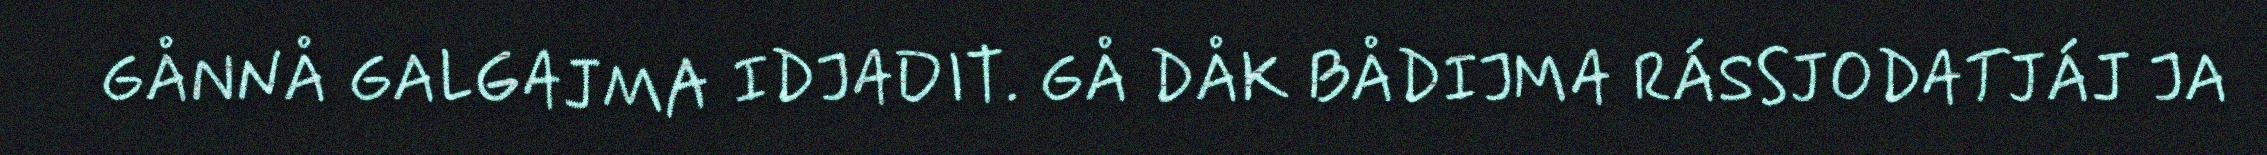
GÅNNÅ GALGAJMA IDJADIT. GÅ DÅK BÅDIJMA RÁSSJODATJÁJ JA